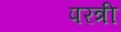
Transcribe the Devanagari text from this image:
परत्री